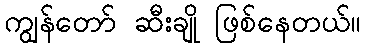
ကျွန်တော် ဆီးချို ဖြစ်နေတယ်။